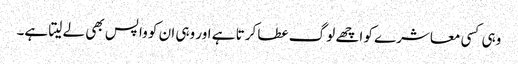
وہی کسی معاشرے کو اچھے لوگ عطا کرتا ہے اور وہی ان کو واپس بھی لے لیتا ہے۔